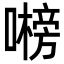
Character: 𭋞